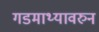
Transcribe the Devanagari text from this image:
गडमाथ्यावरुन